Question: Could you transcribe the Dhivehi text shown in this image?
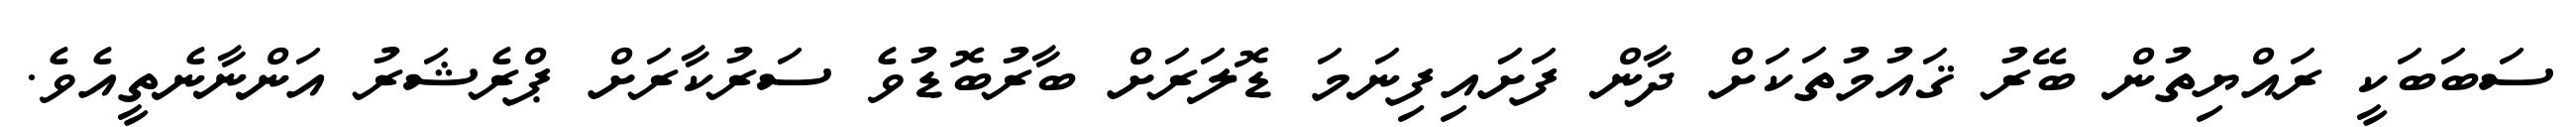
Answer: ސަބަބަކީ ރައްޔިތުން ބޭރު ޤައުމުތަކަށް ދާން ފަށަައިފިނަމަ ޑޮލަރަށް ބާރުބޮޑުވެ ސަރުކާރަށް ޕްރެޝަރު އަންނާނެތީއެވެ.